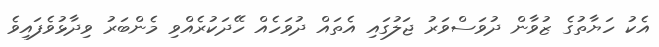
އެކު ހަޔާތުގެ ޒުވާން ދުވަސްވަރު ޖަލުގައި އެތައް ދުވަހެއް ހޭދަކުރެއްވި މެންބަރު ވިދާޅުވެފައިވެ